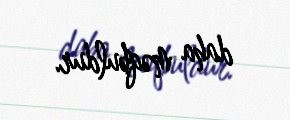
daha məqbuldur.